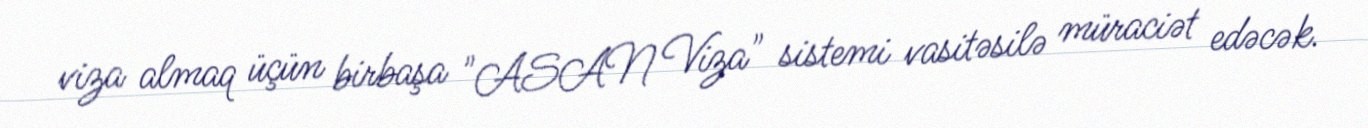
viza almaq üçün birbaşa "ASAN Viza" sistemi vasitəsilə müraciət edəcək.